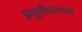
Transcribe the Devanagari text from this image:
प्रसूतीनंतरच्या